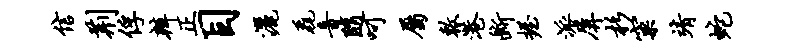
信荆俘辨正目洒毳音随呵属敕港断握派屏杉窠靖蛇